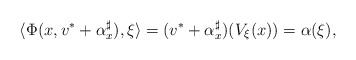
\begin{align*}\langle \Phi(x,v^*+\alpha^\sharp_x),\xi\rangle=(v^*+\alpha^\sharp_x)(V_\xi(x))=\alpha(\xi), \end{align*}